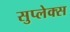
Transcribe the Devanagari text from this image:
सुप्लेक्स